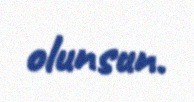
olunsun.